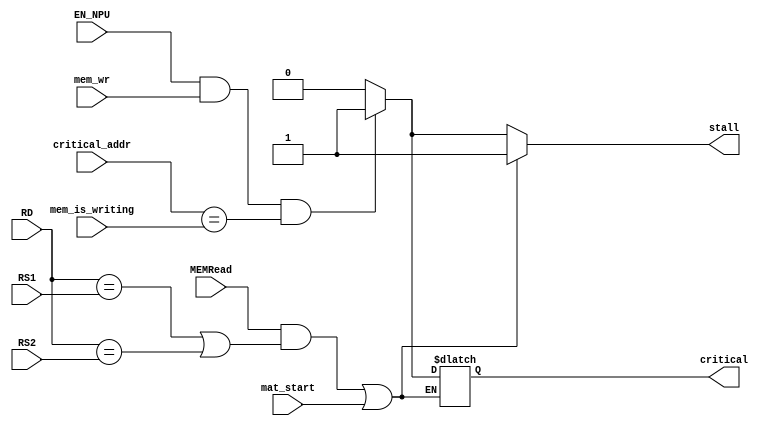
module HAZARD_DETECTION
(
    input           MEMRead         ,
    input   [4:0]   RD              ,
    input   [4:0]   RS1             ,
    input   [4:0]   RS2             ,
    input           mat_start       ,
    input           EN_NPU          ,
    input           mem_wr          ,
    input   [9:0]   critical_addr   ,
    input   [9:0]   mem_is_writing  ,
    
    output          stall           ,
    output          critical
);

    reg             stall_r;
    reg             critical;

    always @ (*) begin
        //When Load instruction use
        if (((MEMRead == 1'b1) && {(RD == RS1) || (RD == RS2)}) || mat_start) begin
            stall_r = 1'b1;
        end
        else if(EN_NPU && mem_wr && (critical_addr == mem_is_writing)) begin
            stall_r = 1'b1;
            critical = 1'b1;
        end
        else begin
            stall_r = 1'b0;
            critical = 1'b0;
        end
    end

    assign stall = stall_r;

endmodule